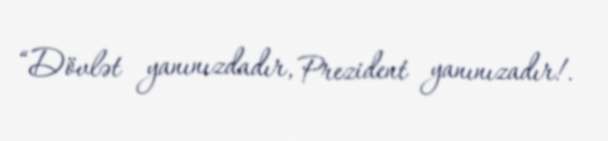
“Dövlət yanınızdadır, Prezident yanınızadır!.